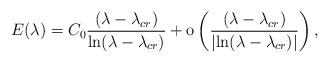
LaTeX: \begin{align*} E (\lambda) = C_0 \frac{(\lambda- \lambda_{cr})}{\ln (\lambda-\lambda_{cr})} + \textnormal{\hbox{o}} \left( \frac{(\lambda- \lambda_{cr})}{\left| \ln (\lambda-\lambda_{cr})\right|}\right) , \end{align*}